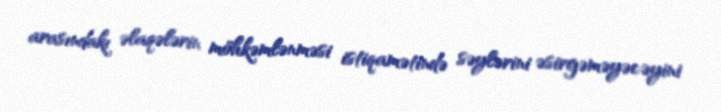
arasındakı əlaqələrin möhkəmlənməsi istiqamətində səylərini əsirgəməyəcəyini